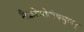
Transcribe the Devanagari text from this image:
मैक्रोमोलेक्युलर्